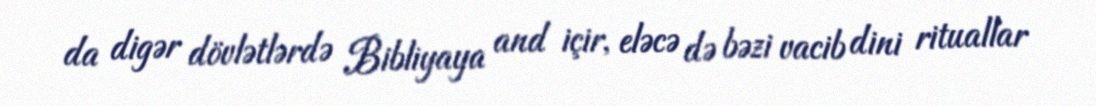
da digər dövlətlərdə Bibliyaya and içir, eləcə də bəzi vacib dini rituallar